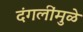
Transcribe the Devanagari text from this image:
दंगलींमुळे